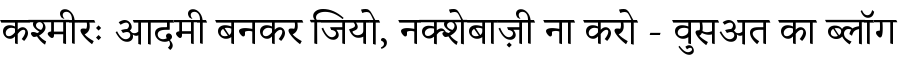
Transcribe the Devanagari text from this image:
कश्मीरः आदमी बनकर जियो, नक्शेबाज़ी ना करो - वुसअत का ब्लॉग